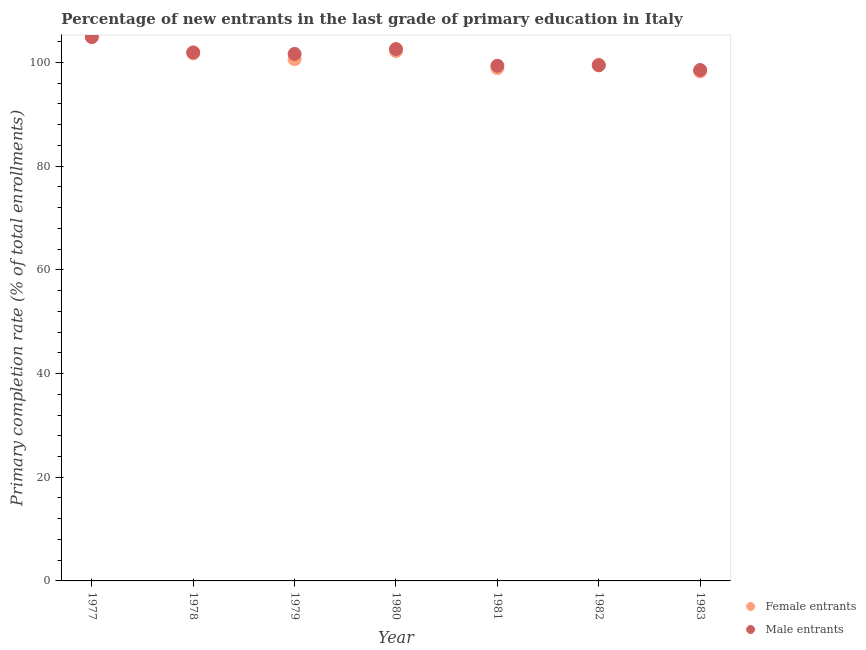
| Year | Female entrants | Male entrants |
 | --- | --- | --- |
 | 1977 | 105 | 105 |
 | 1978 | 102 | 102 |
 | 1979 | 101 | 102 |
 | 1980 | 102 | 103 |
 | 1981 | 98.9 | 99.4 |
 | 1982 | 99.6 | 99.5 |
 | 1983 | 98.3 | 98.5 |